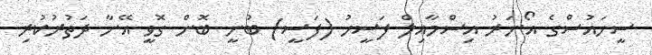
ސީހައުސްގެ އޯނަރު އިސްމާއިލް ފަސީހު (ފަސީ) ބުނީ ބޮން ގޮވީ އޭނާ ދަތުރުކުރި